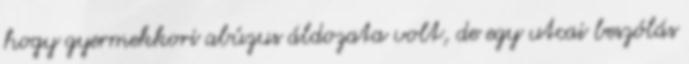
hogy gyermekkori abúzus áldozata volt, de egy utcai beszólás